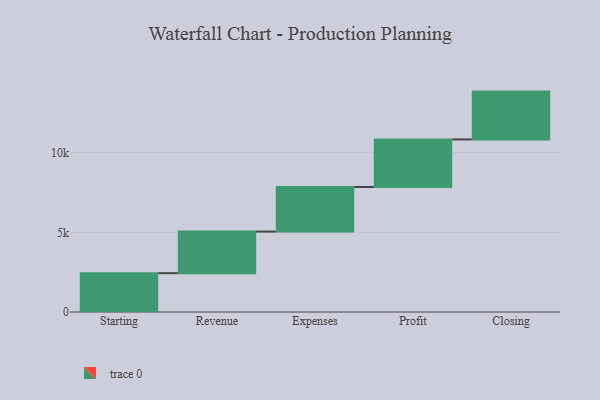
{"axis": {"x": "Step", "y": "Value"}, "legend": [""], "data": [{"x": "Starting", "y": 2435.0, "type": ""}, {"x": "Revenue", "y": 2611.0, "type": ""}, {"x": "Expenses", "y": 2796.0, "type": ""}, {"x": "Profit", "y": 2985.0, "type": ""}, {"x": "Closing", "y": 3000, "type": ""}]}